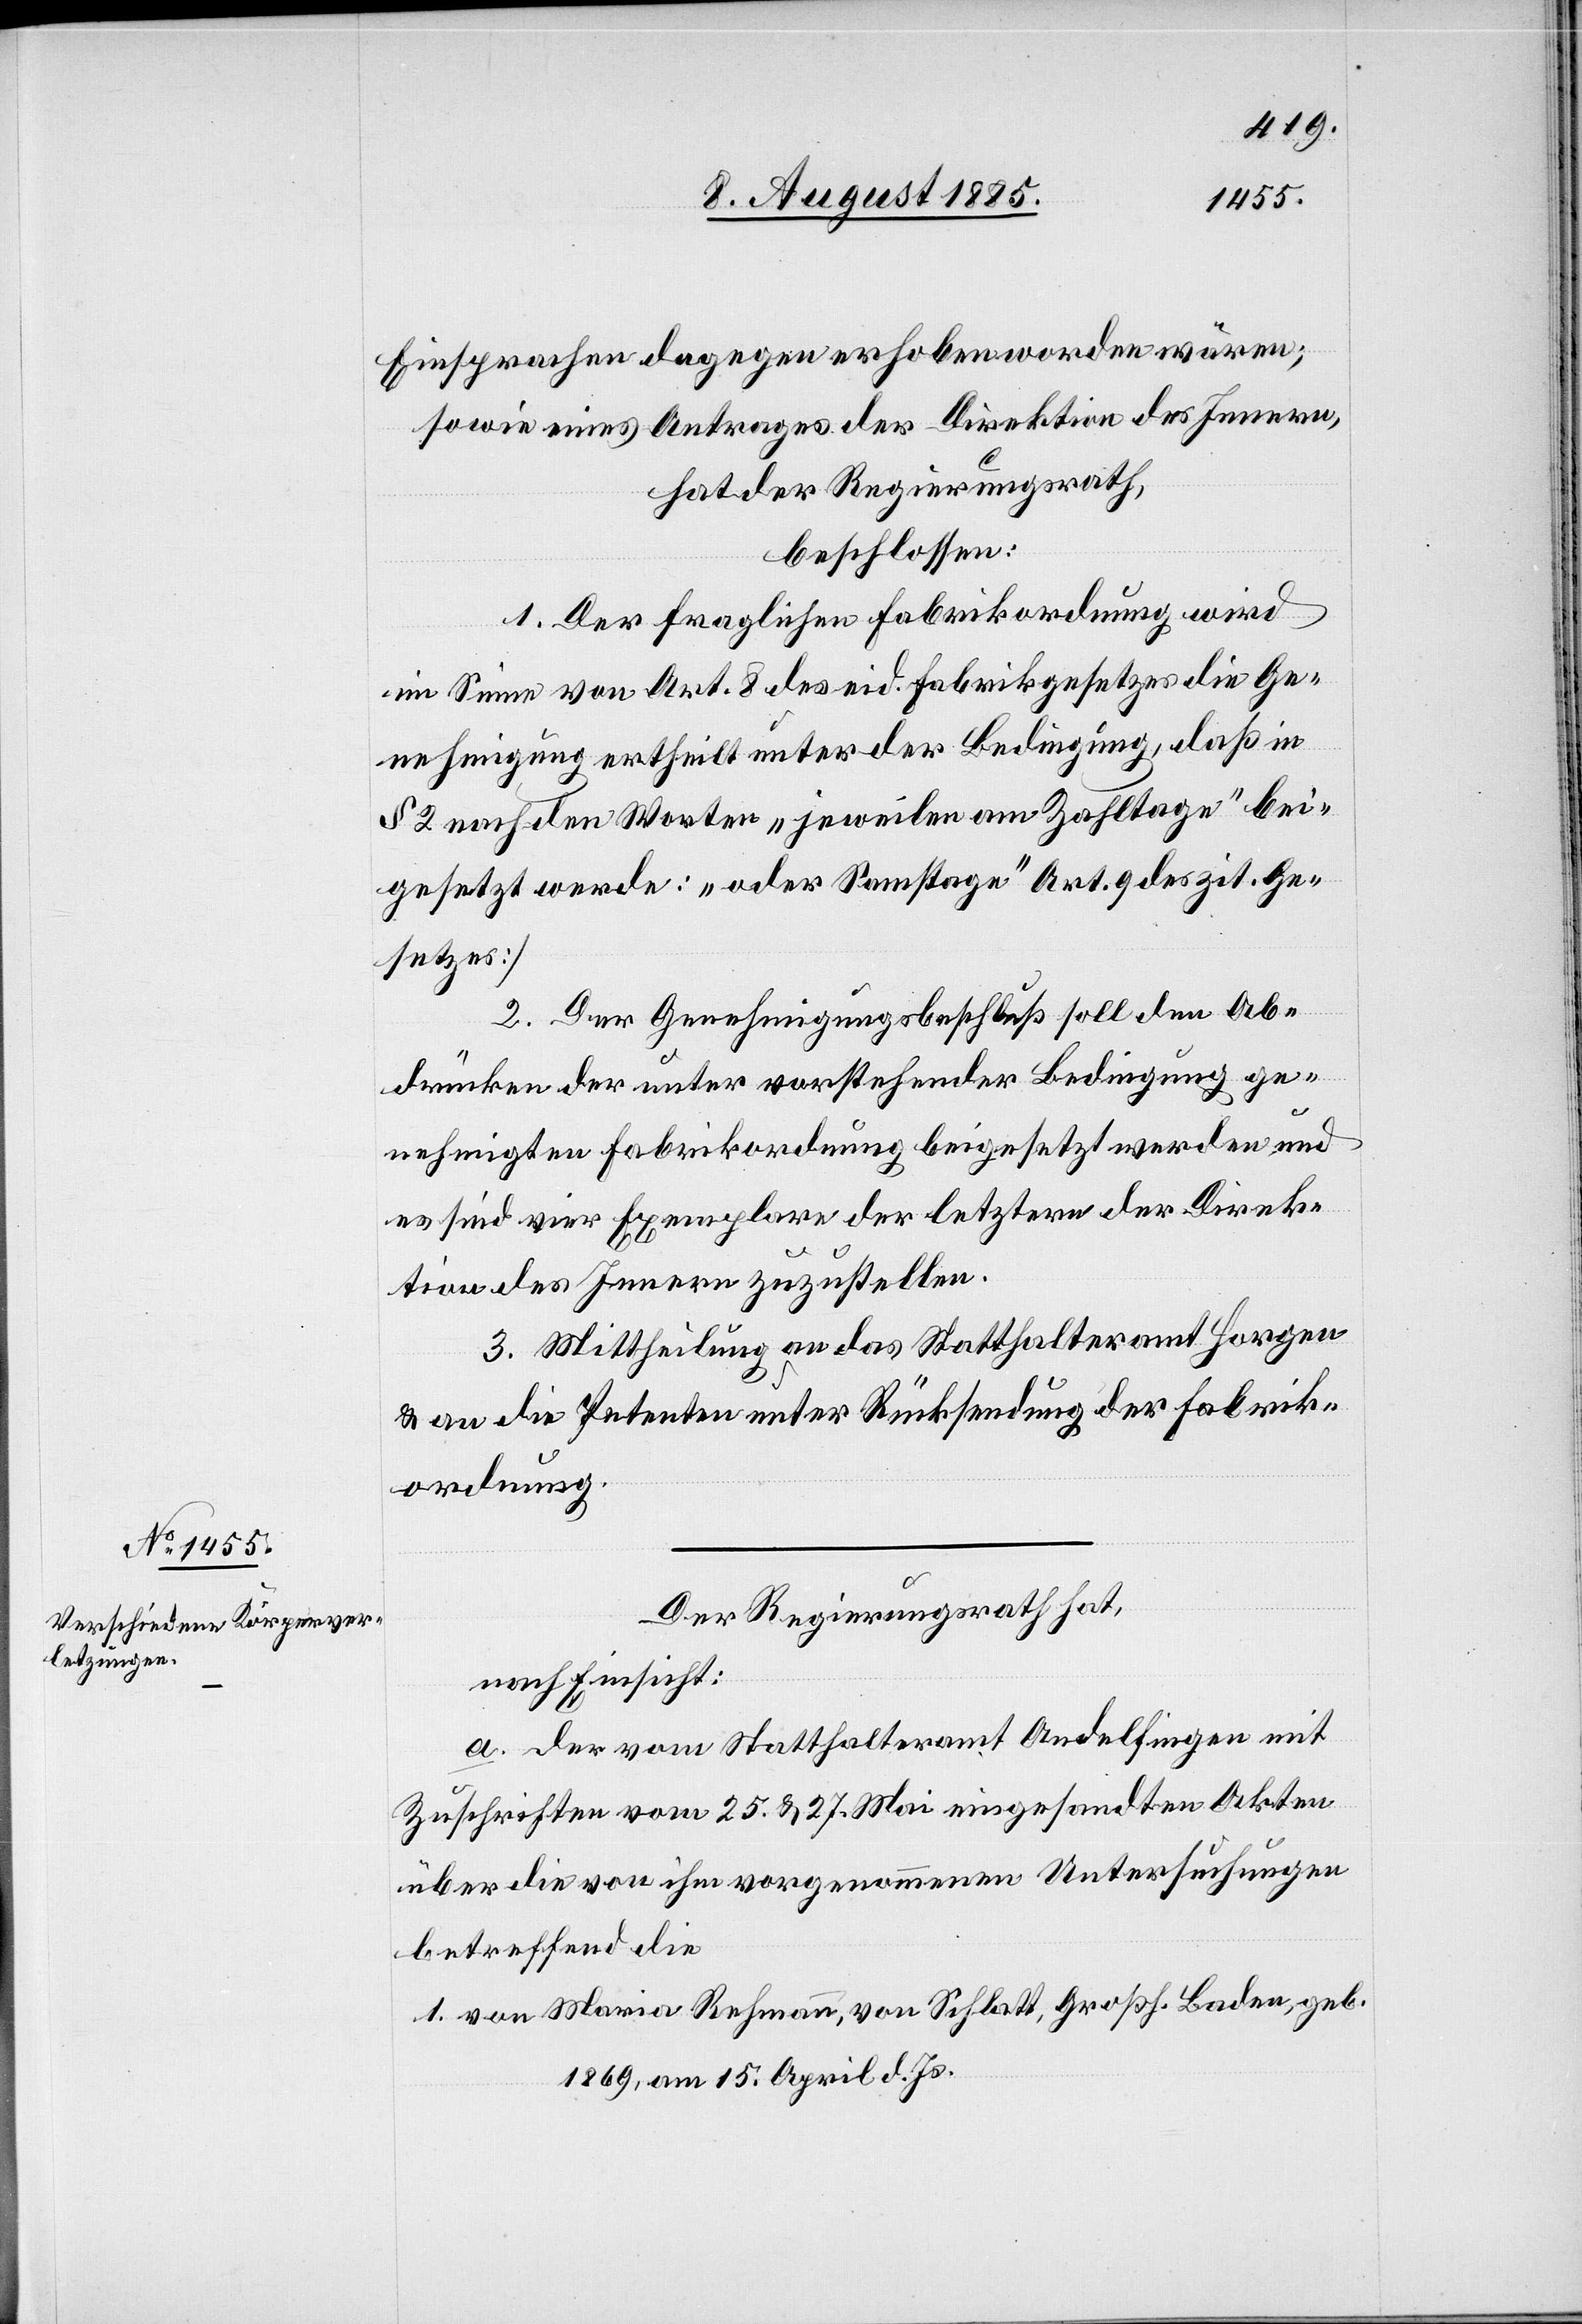
Einsprachen dagegen erhoben worden wären;
sowie eines Antrages der Direktion des Innern,
hat der Regierungsrath,
beschlossen:
1. Der fraglichen Fabrikordnung wird
im Sinne von Art. 8 des eid. Fabrikgesetzes die Ge¬
nehmigung ertheilt unter der Bedingung, daß in
§ 2 nach den Worten „jeweilen am Zahltage“ bei¬
gesetzt werde: „oder Samstag“ [Art. 9 des zit. Ge¬
setzes]
von
2. Der Genehmigungsbeschluß soll den Ab¬
drücken der unter vorstehender Bedingung ge¬
nehmigten Fabrikordnung beigesetzt werden und
es sind vier Exemplare der letztern der Direk¬
tion des Innern zuzustellen.
3. Mittheilung an das Statthalteramt Horgen
& an die Petenten unter Rücksendung der Fabrik¬
ordnung.
Der Regierungsrath hat,
nach Einsicht:
a. der vom Statthalteramt Andelfingen mit
Zuschriften vom 25. & 27. Mai eingesandten Akten
über die von ihm vorgenommenen Untersuchungen
betreffend die
1869, am 15. April d. Js.

geb.